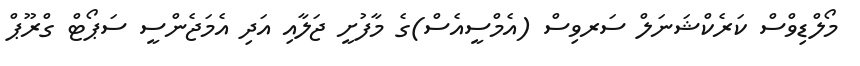
މޯލްޑިވްސް ކަރެކްޝަނަލް ސަރވިސް (އެމްސީއެސް)ގެ މާފުށީ ޖަލާއި އަދި އެމަޖެންސީ ސަޕޯޓް ގްރޫޕް